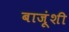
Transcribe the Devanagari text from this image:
बाजूंशी